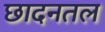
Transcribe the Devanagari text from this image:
छादनतल